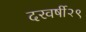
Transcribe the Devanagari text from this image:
दरवर्षी२९